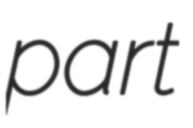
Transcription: part